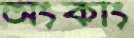
অংকাং